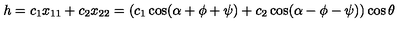
h = c _ { 1 } x _ { 1 1 } + c _ { 2 } x _ { 2 2 } = ( c _ { 1 } \cos ( \alpha + \phi + \psi ) + c _ { 2 } \cos ( \alpha - \phi - \psi ) ) \cos \theta